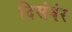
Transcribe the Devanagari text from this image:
दिसंबंर